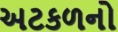
અટકળનો